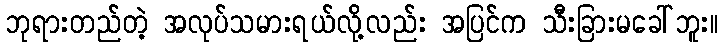
ဘုရားတည်တဲ့ အလုပ်သမားရယ်လို့လည်း အပြင်က သီးခြားမခေါ်ဘူး။